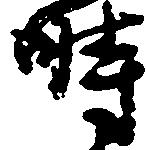
時